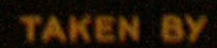
TAKEN BY